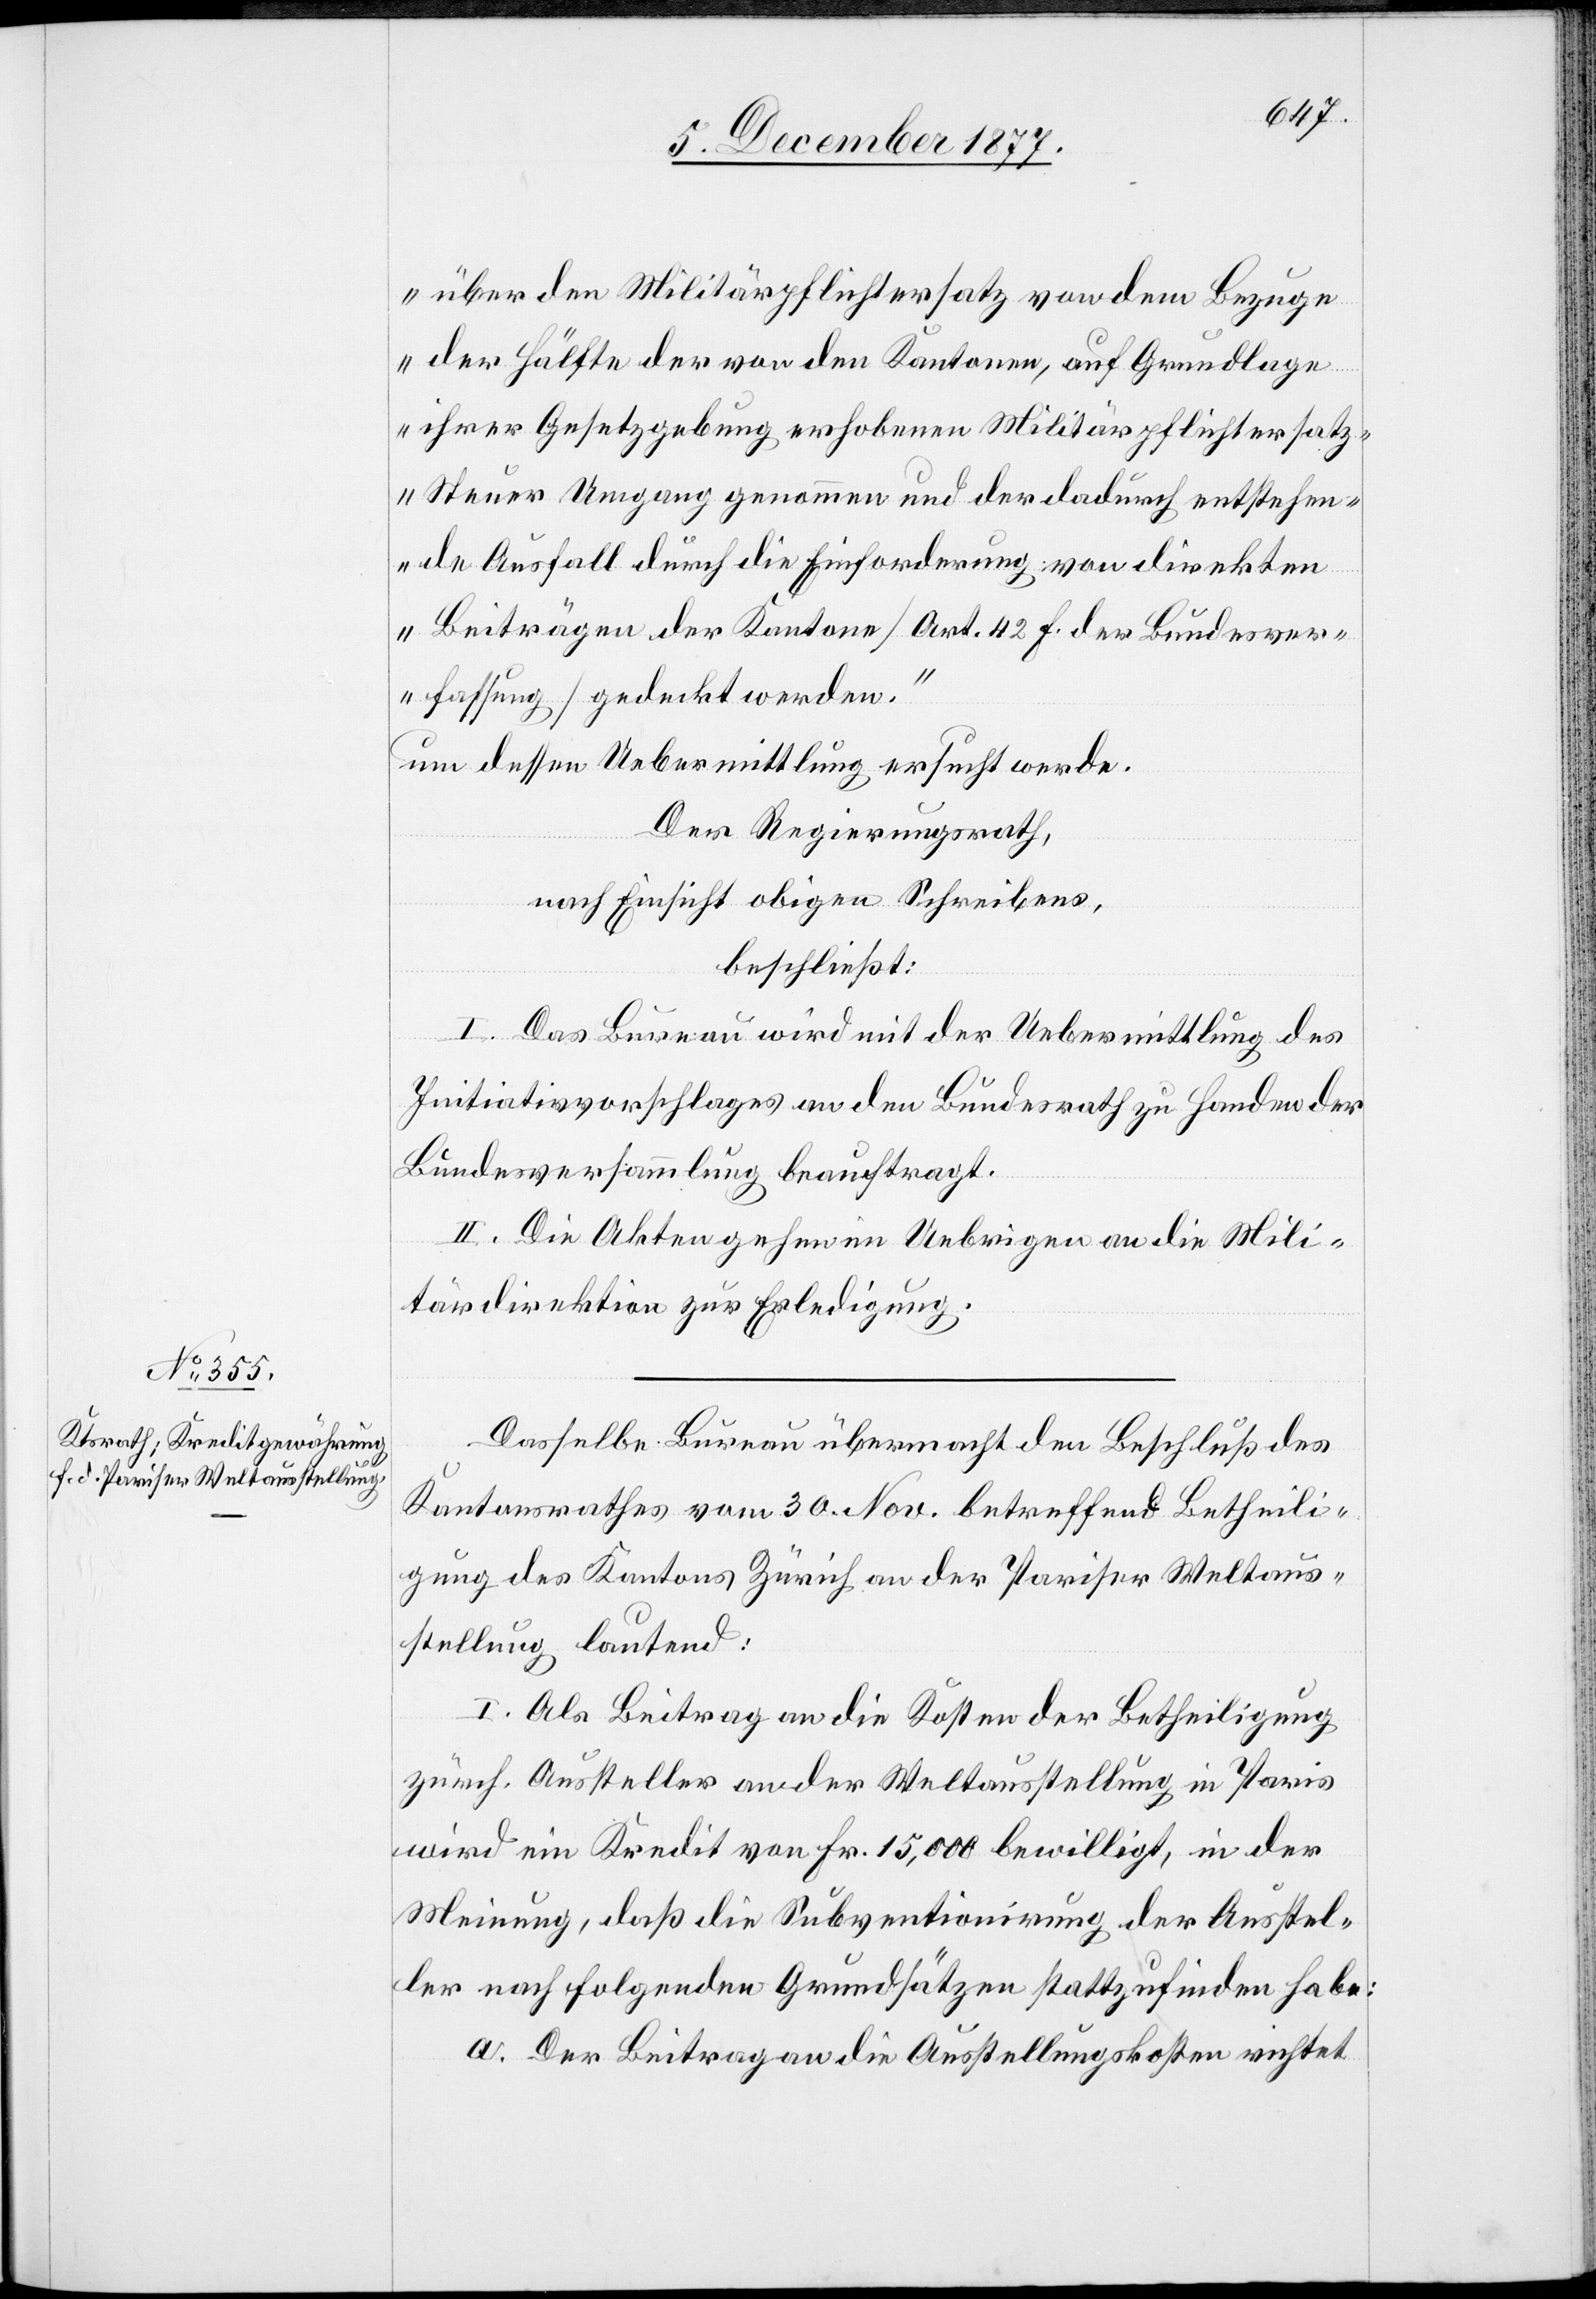
über den Militärpflichtersatz von dem Bezuge
der Hälfte der von den Kantonen, auf Grundlage
ihrer Gesetzgebung erhobenen Militärpflichtersat¬
z-Steuer Umgang genommen und der dadurch entstehen¬
de Ausfall durch die Einforderung von direkten
Beiträgen der Kantone [Art. 42 f. der Bundesver¬
fassung] gedeckt werden.“
um dessen Uebermittlung ersucht werde.
Der Regierungsrath,
nach Einsicht obigen Schreibens,
beschließt:
I. Das Bureau wird mit der Uebermittlung des
Initiativvorschlages an den Bundesrath zu Handen der
Bundesversammlung beauftragt.
II. Die Akten gehen im Uebrigen an die Mili¬
tärdirektion zur Erledigung.
Dasselbe Bureau übermacht den Beschluß des
Kantonsrathes vom 30. Nov. betreffend Betheili¬
gung des Kantons Zürich an der Pariser Weltaus¬
stellung lautend:
I. Als Beitrag an die Kosten der Betheiligung
zürch. Aussteller an der Weltausstellung in Paris
wird ein Kredit von Fr. 15,000 bewilligt, in der
Meinung, daß die Subventionirung der Ausstel¬
ler nach folgenden Grundsätzen stattzufinden habe:
Der Beitrag an die Ausstellungskosten richtet